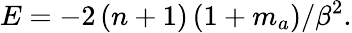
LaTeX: E=-2\left(n+1\right)\left(1+m_{a}\right)/\beta^{2}.